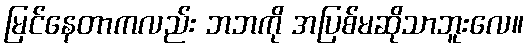
မြင်နေတာကလည်း ဘဘကို အပြစ်မဆိုသာဘူးလေ။